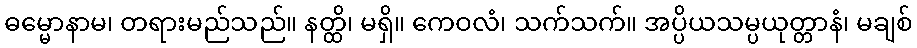
ဓမ္မောနာမ၊ တရားမည်သည်။ နတ္ထိ၊ မရှိ။ ကေဝလံ၊ သက်သက်။ အပ္ပိယသမ္ပယုတ္တာနံ၊ မချစ်